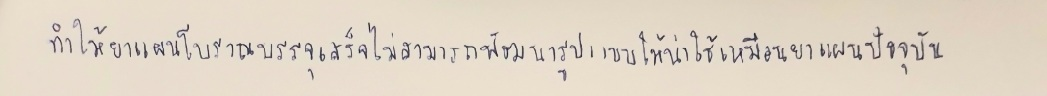
ทำให้ยาแผนโบราณบรรจุเสร็จไม่สามารถพัฒนารูปแบบให้น่าใช้เหมือนยาแผนปัจจุบัน